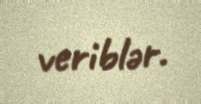
veriblər.